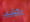
يكشف